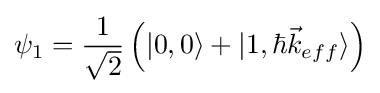
\psi _{1}={\frac {1}{\sqrt {2}}}\left(|0,0\rangle +|1,\hbar {\vec {k}}_{eff}\rangle \right)